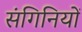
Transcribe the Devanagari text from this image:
संगिनियों